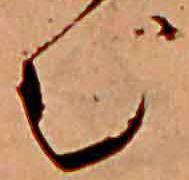
む